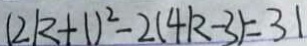
( 2 k + 1 ) ^ { 2 } - 2 ( 4 k - 3 ) = 3 1